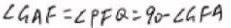
\angle G A F = \angle P G Q = 9 0 - \angle G F A